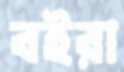
বইরা